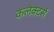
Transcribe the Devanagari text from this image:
कलेक्‍टर्स